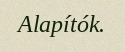
Alapítók.